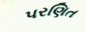
પરણિત